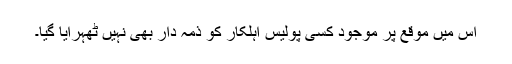
اس میں موقع پر موجود کسی پولیس اہلکار کو ذمہ دار بھی نہیں ٹھہرایا گیا۔